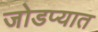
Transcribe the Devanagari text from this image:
जोडप्यात